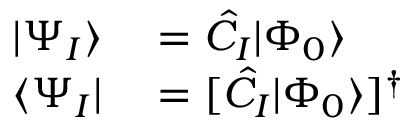
\begin{array} { r l } { | \Psi _ { I } \rangle } & { { } = \hat { C } _ { I } | \Phi _ { 0 } \rangle } \\ { \langle \Psi _ { I } | } & { { } = [ \hat { C } _ { I } | \Phi _ { 0 } \rangle ] ^ { \dagger } } \end{array}